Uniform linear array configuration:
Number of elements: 24
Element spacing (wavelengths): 0.5
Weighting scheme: blackman
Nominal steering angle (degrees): -15
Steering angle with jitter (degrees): -16.238
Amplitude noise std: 0.05
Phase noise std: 0.05

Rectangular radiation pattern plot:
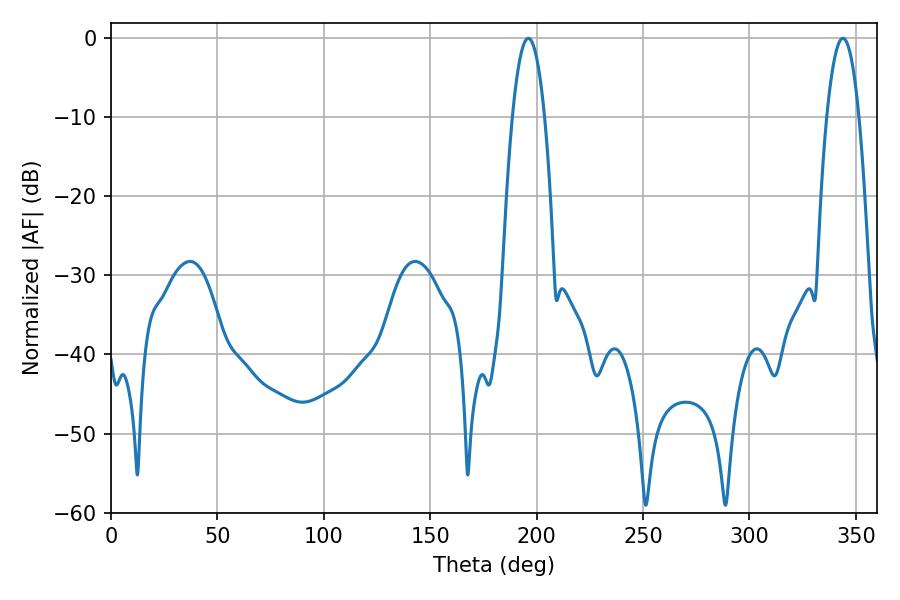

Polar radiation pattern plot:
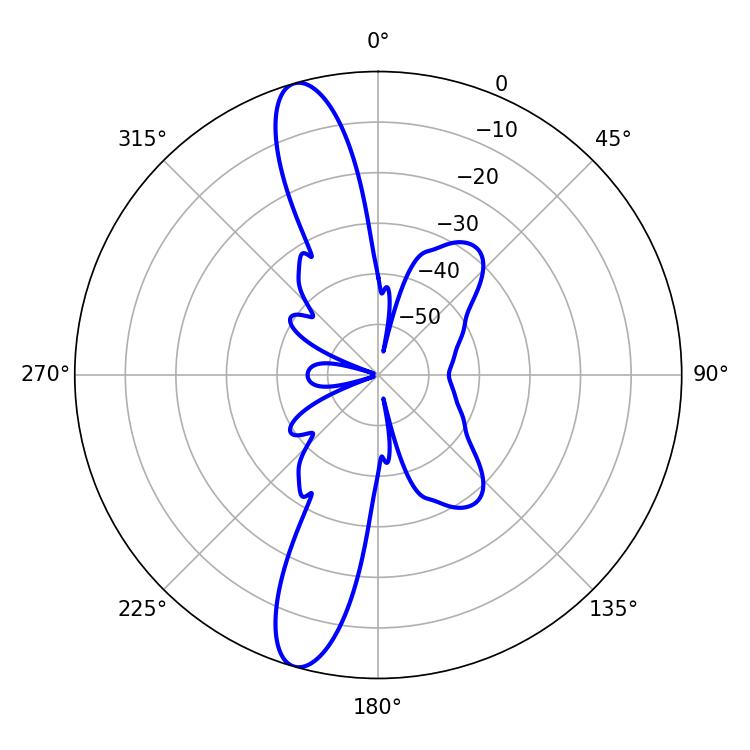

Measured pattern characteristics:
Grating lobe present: FALSE
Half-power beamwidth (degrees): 8.46
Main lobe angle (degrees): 196.02